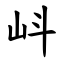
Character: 㞳